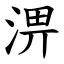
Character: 淠